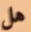
هل